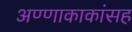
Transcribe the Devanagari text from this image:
अण्णाकाकांसह